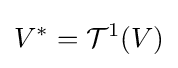
V^{*}={\mathcal {T}}^{1}(V)